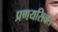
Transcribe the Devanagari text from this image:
प्रणयसिक्त